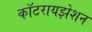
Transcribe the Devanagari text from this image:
कॉटरायझेशन